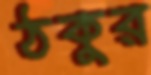
ঠকুর